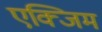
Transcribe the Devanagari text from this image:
एक्जिम